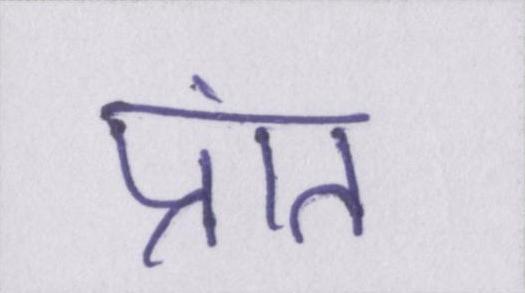
प्रांत